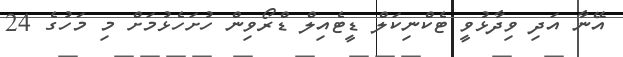
އޭނާ އަދި ވިދާޅުވީ ޓެކްނިކަލް ޑީޓެއިލް ޑްރޯވިން ހުށަހެޅުމަށް މި މަހުގެ 24